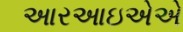
આરઆઇએએ